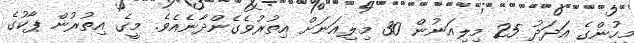
މީހުންގެ އަދަދު 25 މިލިއަނުން 30 މިލިއަނަށް އިތުރުވެގެންދާނެއެވެ. މީގެ އިތުރުން ޕާކުގެ